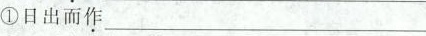
①日出而\underset{·}{作}___